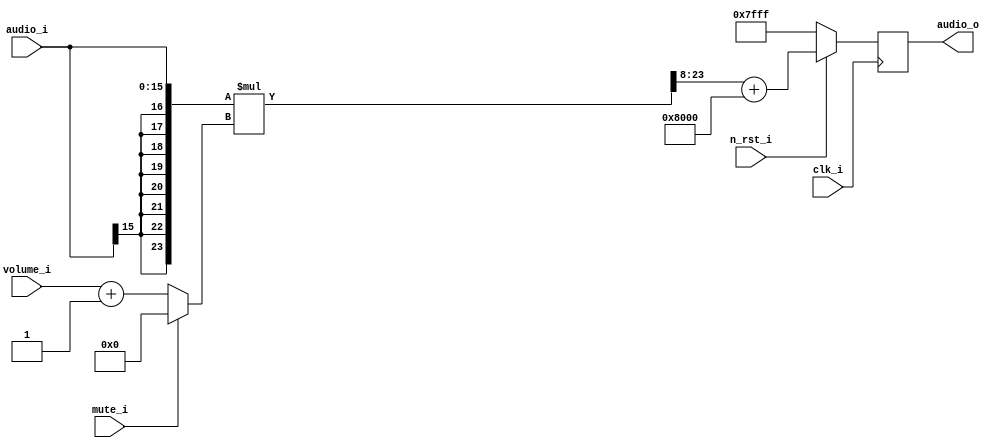
// This program was cloned from: https://github.com/iic-jku/iic-audiodac-v1
// License: Apache License 2.0

// SPDX-FileCopyrightText: 2022 Johannes Kepler University, Institute for 
// Integrated Circuits (H. Pretl, L. Blagojevic, M. Esen, K. Freinberger, 
// M. Golser, M. Hackl, A. Hinterdorfer, O. Kara, D. Kellerer, P. Kotek, 
// J. Mayrhofer, M. Meingast, T. Pankratz, J. Ratschenberger, R. Reddy.Mitta, 
// P. Schmidt, S. Seidl, I. Shala, M. Zbl)
//
// Licensed under the Apache License, Version 2.0 (the "License");
// you may not use this file except in compliance with the License.
// You may obtain a copy of the License at
//
//      http://www.apache.org/licenses/LICENSE-2.0
//
// Unless required by applicable law or agreed to in writing, software
// distributed under the License is distributed on an "AS IS" BASIS,
// WITHOUT WARRANTIES OR CONDITIONS OF ANY KIND, either express or implied.
// See the License for the specific language governing permissions and
// limitations under the License.
// SPDX-License-Identifier: Apache-2.0

`ifndef _DS_VOLUME_
`define _DS_VOLUME_

`default_nettype none

// volume control and format conversion for the delta-sigma modulator
module stud_ds_volume
#(
	parameter AUDIO_WIDTH=16,					// audio data input and output width
	VOLUME_WIDTH=8								// volume input width
)
(
	output reg [AUDIO_WIDTH - 1:0] audio_o,		// audio data output (unsigned)

	input signed [AUDIO_WIDTH - 1:0] audio_i,	// audio data input (signed)

	input mute_i,								// mute input, 1'b0 => normal operation, 1'b1 => output muted
	input [VOLUME_WIDTH - 1:0] volume_i,		// volume input (unsigned)

	input clk_i,								// clock input
	input n_rst_i								// active low synchronous reset
);

// actual volume, an offset of 1 is added to the volume input so that the audio data remains unchanged at
// maximum volume
reg [VOLUME_WIDTH : 0] volume;
// scaled signed audio data
reg signed [AUDIO_WIDTH : 0] audio_scaled;
// scaled audio data offset to unsigned value range, but still in signed format
reg signed [AUDIO_WIDTH-1 : 0] audio_offset;
// scaled, unsigned audio data
reg [AUDIO_WIDTH-1 : 0] next_audio_out;
/* verilator lint_off UNUSED */
reg dummy1;
reg [VOLUME_WIDTH-1:0] dummy2;
/* verilator lint_on UNUSED */

// combinatorics
always @* begin
	if (mute_i) begin
		// mute input activated, set volume to 0
		volume = {VOLUME_WIDTH + 1 {1'b0}};
	end else begin
		// normal operation, add 1 to volume input
		volume = {1'b0, volume_i} + {{VOLUME_WIDTH {1'b0}}, 1'b1};
	end

	// multiply input data by volume and shift right by VOLUME_WIDTH
	{dummy2,audio_scaled} = ({{VOLUME_WIDTH {audio_i[AUDIO_WIDTH - 1]}}, audio_i} * volume) >>> VOLUME_WIDTH;

	// add 2 ^ (AUDIO_WIDTH - 1) to convert the signed audio data to the unsigned data range
	{dummy1,audio_offset} = audio_scaled[AUDIO_WIDTH : 0] + {2'b01, {AUDIO_WIDTH - 1 {1'b0}}};
	
	// truncate result to AUDIO_WIDTH bits
	next_audio_out = audio_offset[AUDIO_WIDTH - 1 : 0];
end

// registers
always @(posedge clk_i) begin
	if (!n_rst_i) begin
		// synchronously reset register values
		// start audio output at 50 % i.e. 0
		audio_o <= {1'b0, {AUDIO_WIDTH - 1 {1'b1}}};
	end else begin
		audio_o <= next_audio_out;
	end
end
	
endmodule

`endif